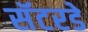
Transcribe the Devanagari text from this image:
सॅटरडे